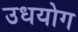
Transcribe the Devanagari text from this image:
उधयोग